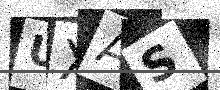
Text: UXAS